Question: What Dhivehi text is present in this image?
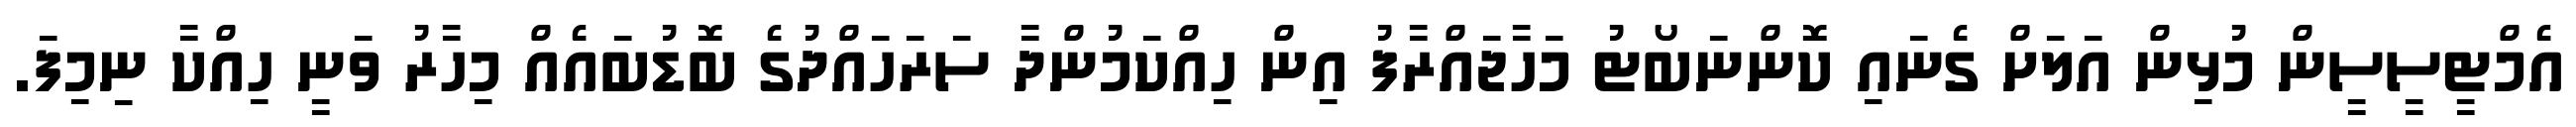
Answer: އެމްޓީސީސީން މުޅިން އަލަށް ގެނައި ކޮންނަބޯޓު މަހާޖައްރާފު އިން ހިއްކަމުންދާ ސަރަހައްދުގެ ބޮޑުބައެއް މިހާރު ވަނީ ހިއްކާ ނިމިފަ.